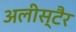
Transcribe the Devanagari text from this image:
अलीस्टैर